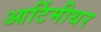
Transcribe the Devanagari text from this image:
आर्टिमीथर